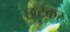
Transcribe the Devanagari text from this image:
छटकर